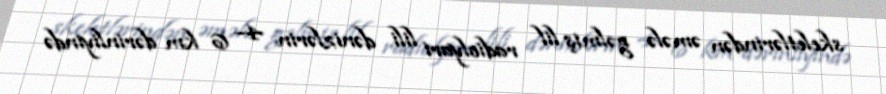
skeletlərindən əmələ gəlmiş lil radiolyari lili dənizlərin 4– 6 km dərinliyində